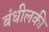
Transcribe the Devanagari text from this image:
बंधीलकी